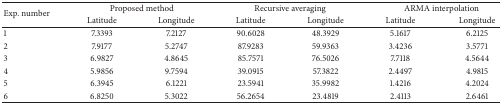
<table><thead><tr><td rowspan="2"><b>Exp. number</b></td><td colspan="2"><b>Proposed method</b></td><td colspan="2"><b>Recursive averaging</b></td><td colspan="2"><b>ARMA interpolation</b></td></tr><tr><td><b>Latitude</b></td><td><b>Longitude</b></td><td><b>Latitude</b></td><td><b>Longitude</b></td><td><b>Latitude</b></td><td><b>Longitude</b></td></tr></thead><tbody><tr><td>1</td><td>7.3393</td><td>7.2127</td><td>90.6028</td><td>48.3929</td><td>5.1617</td><td>6.2125</td></tr><tr><td>2</td><td>7.9177</td><td>5.2747</td><td>87.9283</td><td>59.9363</td><td>3.4236</td><td>3.5771</td></tr><tr><td>3</td><td>6.9827</td><td>4.8645</td><td>85.7571</td><td>76.5026</td><td>7.7118</td><td>4.5644</td></tr><tr><td>4</td><td>5.9856</td><td>9.7594</td><td>39.0915</td><td>57.3822</td><td>2.4497</td><td>4.9815</td></tr><tr><td>5</td><td>6.3945</td><td>6.1221</td><td>23.5941</td><td>35.9982</td><td>1.4216</td><td>4.2024</td></tr><tr><td>6</td><td>6.8250</td><td>5.3022</td><td>56.2654</td><td>23.4819</td><td>2.4113</td><td>2.6461</td></tr></tbody></table>